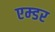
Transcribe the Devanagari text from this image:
एम्डर